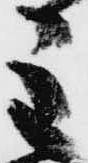
主